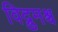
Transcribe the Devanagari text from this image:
विद्रुमश्च